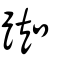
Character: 踟